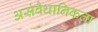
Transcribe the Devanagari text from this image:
असंवैधानिकता